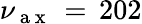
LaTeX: \nu_{\mathrm{~a~x~}}\, =\, 202